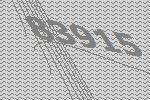
83915